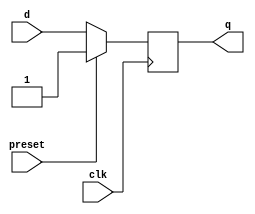
module async_preset_dff (
    input wire clk,
    input wire preset,
    input wire d,
    output reg q
);

always @(posedge clk) begin
    if (preset) begin
        q <= 1'b1; // set to predetermined state
    end else begin
        q <= d; // D input
    end
end

endmodule